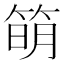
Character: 𥯋